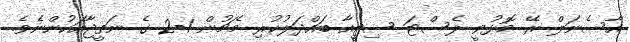
އާސެނަލް ރޭ މޮޅުވީ ލެސްޓަ ސިޓީއާ ބައްދަލުކުރި މެޗުން 1-2 ގެ ނަތީޖާއަކުންނެވެ.